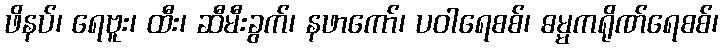
ဖိနပ်၊ ရေဗူး၊ ထီး၊ ဆီမီးခွက်၊ နဖာကော်၊ ပဝါရေစစ်၊ ဓမ္မကရိုဏ်ရေစစ်၊